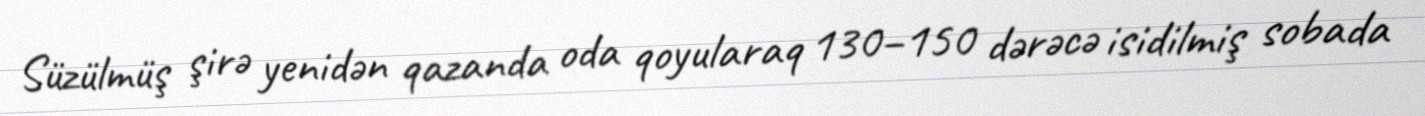
Süzülmüş şirə yenidən qazanda oda qoyularaq 130–150 dərəcə isidilmiş sobada